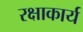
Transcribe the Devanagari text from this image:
रक्षाकार्य